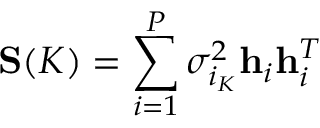
\mathbf { S } ( K ) = \sum _ { i = 1 } ^ { P } \sigma _ { i _ { K } } ^ { 2 } \mathbf { h } _ { i } \mathbf { h } _ { i } ^ { T }